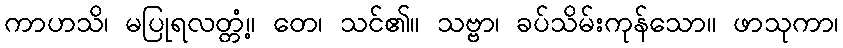
ကာဟသိ၊ မပြုရလတ္တံ့။ တေ၊ သင်၏။ သဗ္ဗာ၊ ခပ်သိမ်းကုန်သော။ ဖာသုကာ၊